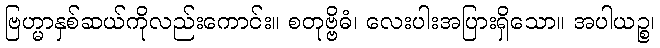
ဗြဟ္မာနှစ်ဆယ်ကိုလည်းကောင်း။ စတုဗ္ဗိဓံ၊ လေးပါးအပြားရှိသော။ အပါယဉ္စ၊